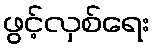
ဖွင့်လှစ်ရေး